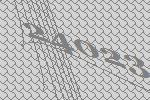
24023